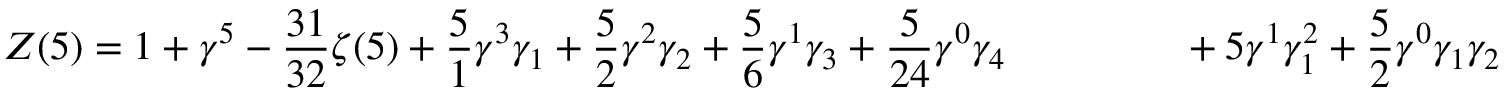
Z ( 5 ) = 1 + \gamma ^ { 5 } - \frac { 3 1 } { 3 2 } \zeta ( 5 ) + \frac { 5 } { 1 } \gamma ^ { 3 } \gamma _ { 1 } + \frac { 5 } { 2 } \gamma ^ { 2 } \gamma _ { 2 } + \frac { 5 } { 6 } \gamma ^ { 1 } \gamma _ { 3 } + \frac { 5 } { 2 4 } \gamma ^ { 0 } \gamma _ { 4 } \qquad \qquad \, \, + 5 \gamma ^ { 1 } \gamma _ { 1 } ^ { 2 } + \frac { 5 } { 2 } \gamma ^ { 0 } \gamma _ { 1 } \gamma _ { 2 }